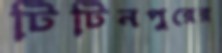
টিটিনপুরের